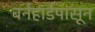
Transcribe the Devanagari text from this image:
बर्नहार्डपासून